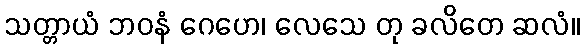
သတ္တာယံ ဘဝနံ ဂေဟေ၊ လေသေ တု ခလိတေ ဆလံ။